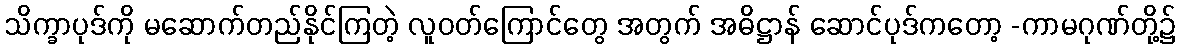
သိက္ခာပုဒ်ကို မဆောက်တည်နိုင်ကြတဲ့ လူဝတ်ကြောင်တွေ အတွက် အဓိဋ္ဌာန် ဆောင်ပုဒ်ကတော့ -ကာမဂုဏ်တို့၌